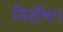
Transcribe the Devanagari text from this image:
निर्दोषः।